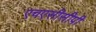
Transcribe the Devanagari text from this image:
एचएसीसीपी